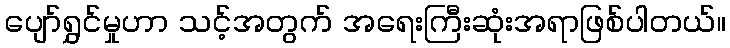
ပျော်ရွှင်မှုဟာ သင့်အတွက် အရေးကြီးဆုံးအရာဖြစ်ပါတယ်။